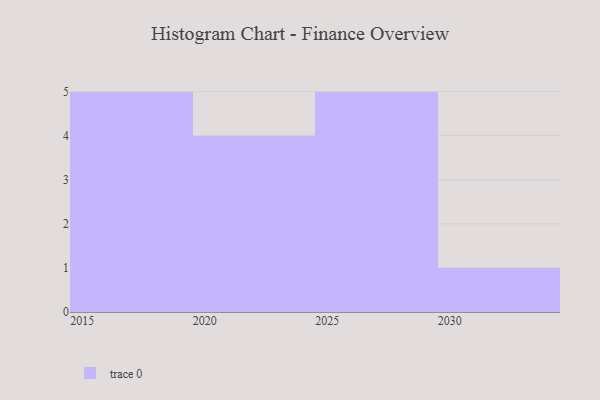
{"axis": {"x": "Year", "y": "Conversion Rate (%)"}, "legend": [""], "data": [{"x": "2024", "y": 40, "type": ""}, {"x": "2021", "y": 34, "type": ""}, {"x": "2015", "y": 3, "type": ""}, {"x": "2017", "y": 43, "type": ""}, {"x": "2020", "y": 33, "type": ""}, {"x": "2019", "y": 90, "type": ""}, {"x": "2029", "y": 40, "type": ""}, {"x": "2022", "y": 56, "type": ""}, {"x": "2026", "y": 27, "type": ""}, {"x": "2030", "y": 8, "type": ""}, {"x": "2028", "y": 95, "type": ""}, {"x": "2027", "y": 86, "type": ""}, {"x": "2018", "y": 82, "type": ""}, {"x": "2016", "y": 66, "type": ""}, {"x": "2025", "y": 20, "type": ""}]}